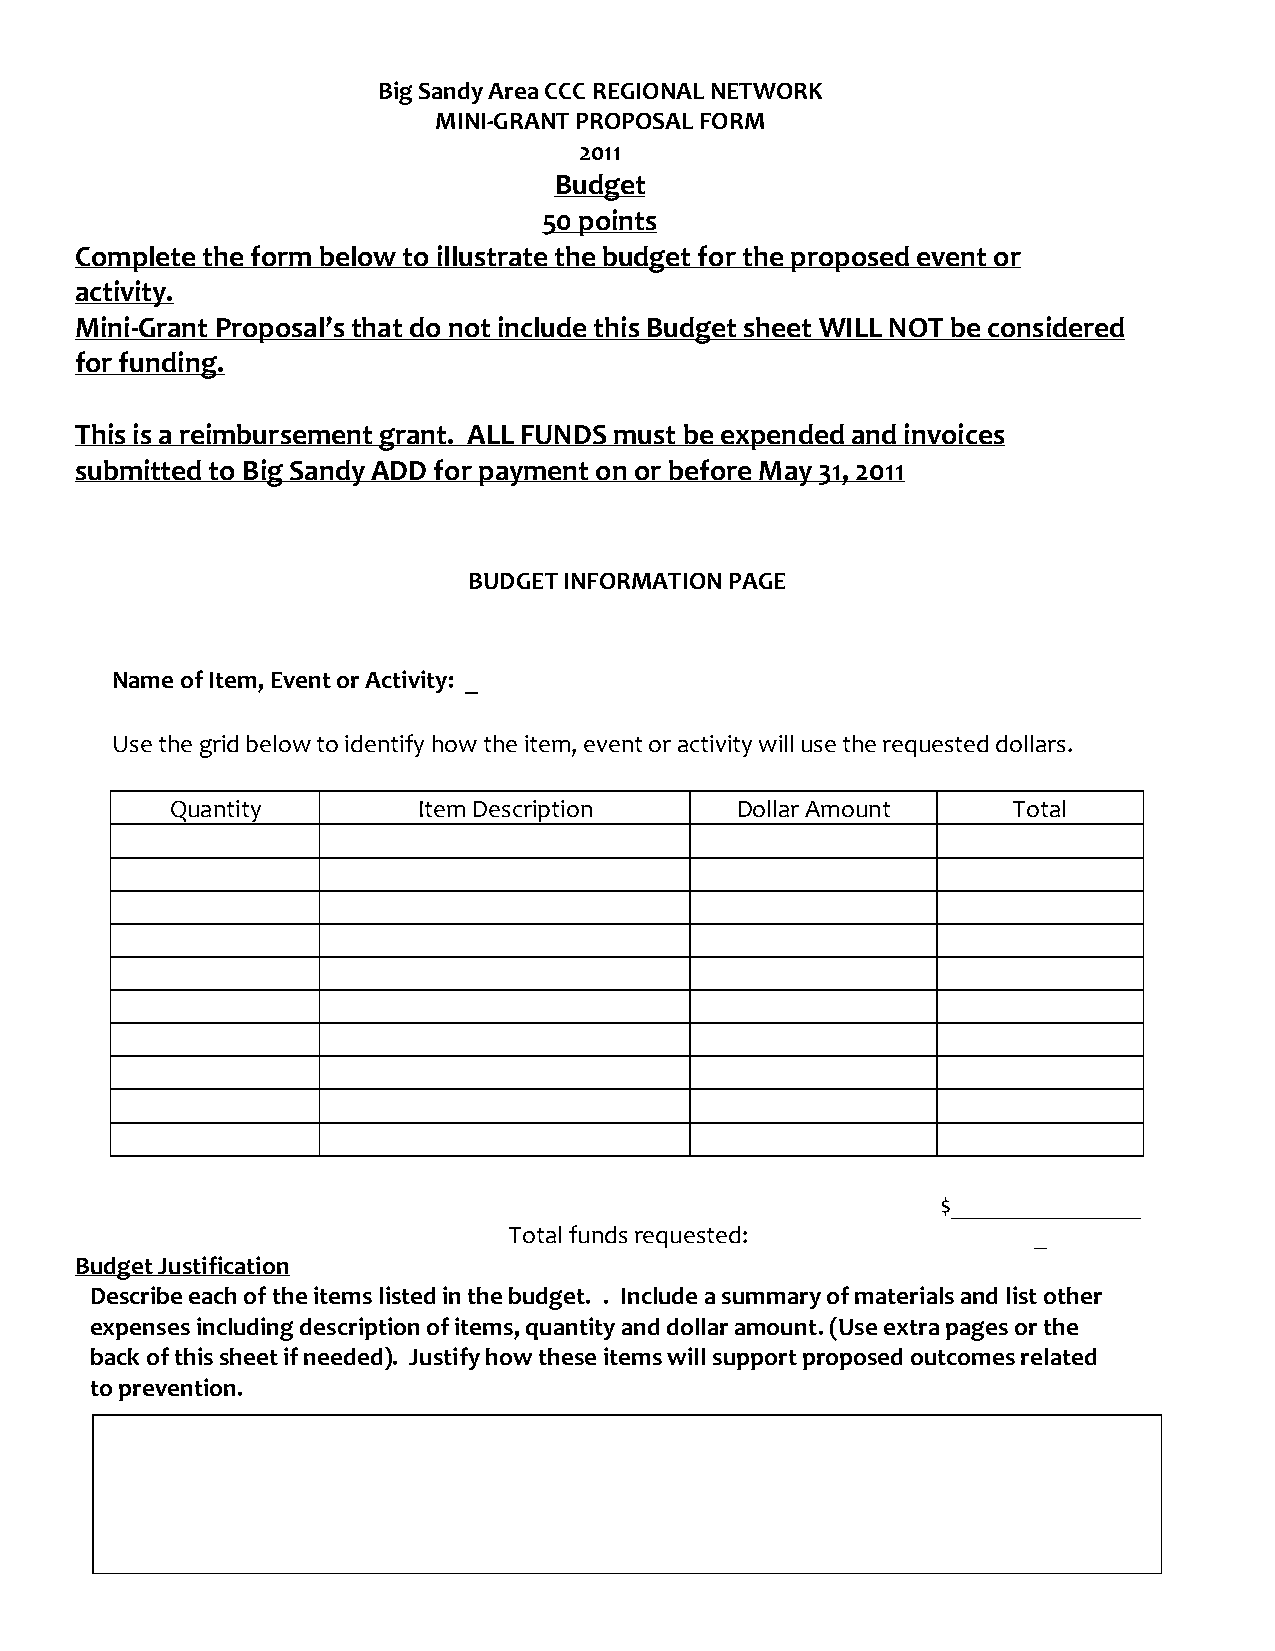
Big Sandy Area CCC REGIONAL NETWORK
 MINI-GRANT PROPOSAL FORM
 2011
 Budget
 50 points
 Complete the form below to illustrate the budget for the proposed event or
 activity.
 Mini-Grant Proposal’s that do not include this Budget sheet WILL NOT be considered
 for funding.
 This is a reimbursement grant. ALL FUNDS must be expended and invoices
 submitted to Big Sandy ADD for payment on or before May 31, 2011
 BUDGET INFORMATION PAGE
 Name of Item, Event or Activity: _
 Use the grid below to identify how the item, event or activity will use the requested dollars.
 Quantity         Item Description     Dollar Amount     Total
 $_______________
 Total funds requested:            _
 Budget Justification
 Describe each of the items listed in the budget. . Include a summary of materials and list other
 expenses including description of items, quantity and dollar amount. (Use extra pages or the
 back of this sheet if needed). Justify how these items will support proposed outcomes related
 to prevention.
 9                           02/2011